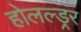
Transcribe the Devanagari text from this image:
होलल्ड्रर